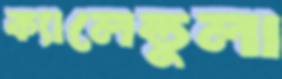
ক্যালেন্ডুলা